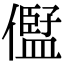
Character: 𠏫